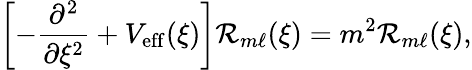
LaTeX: \left[-\frac{\partial^{2}}{\partial\xi^{2}}+V_{\mathrm{eff}}(\xi)\right]{\cal R}_{m\ell}(\xi)=m^{2}{\cal R}_{m\ell}(\xi),